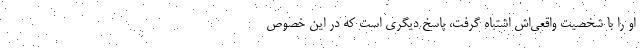
او را با شخصیت واقعی‌اش اشتباه گرفت، پاسخ دیگری است که در این خصوص